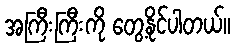
အကြီးကြီးကို တွေ့နိုင်ပါတယ်။